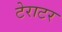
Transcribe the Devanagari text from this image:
टेराटर